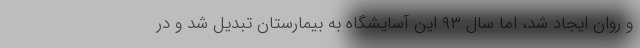
و روان ایجاد شد، اما سال ۹۳ این آسایشگاه به بیمارستان تبدیل شد و در